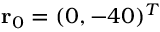
\mathbf { r } _ { 0 } = ( 0 , - 4 0 ) ^ { T }